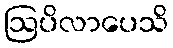
ဩပိလာပေသိ